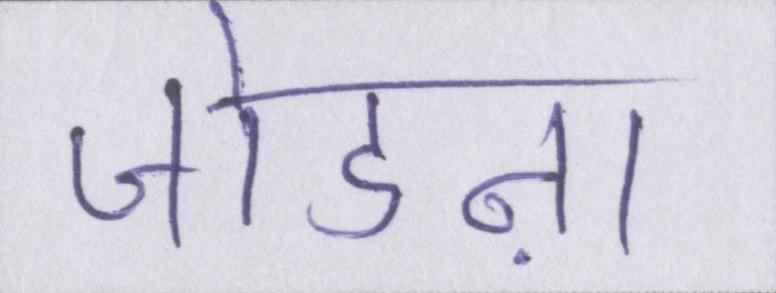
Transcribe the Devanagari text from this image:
जोडऩा